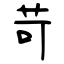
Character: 苛